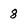
Character: 8